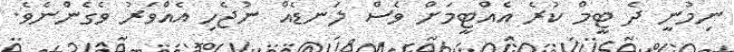
ނިމުނީ ދެ ޓީމް ކުރެ އެއްޓީމަށް ވެސް ލަނޑެއް ނުޖެހި އެއްވަރު ވެގެންނެވެ.